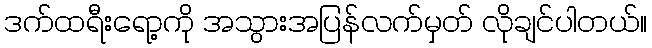
ဒက်ထရီးရော့ကို အသွားအပြန်လက်မှတ် လိုချင်ပါတယ်။